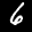
Label: 6